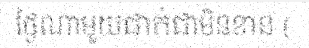
ថ្ងៃណាមួយជាក់ជាមិនខាន (